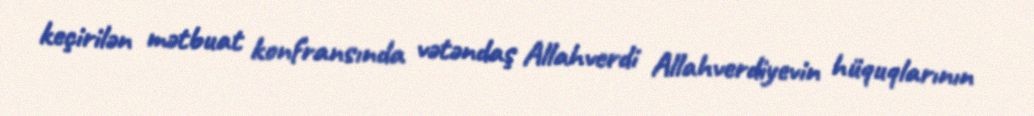
keçirilən mətbuat konfransında vətəndaş Allahverdi Allahverdiyevin hüquqlarının